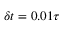
\delta t = 0 . 0 1 \tau